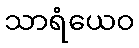
သာရံယေဝ